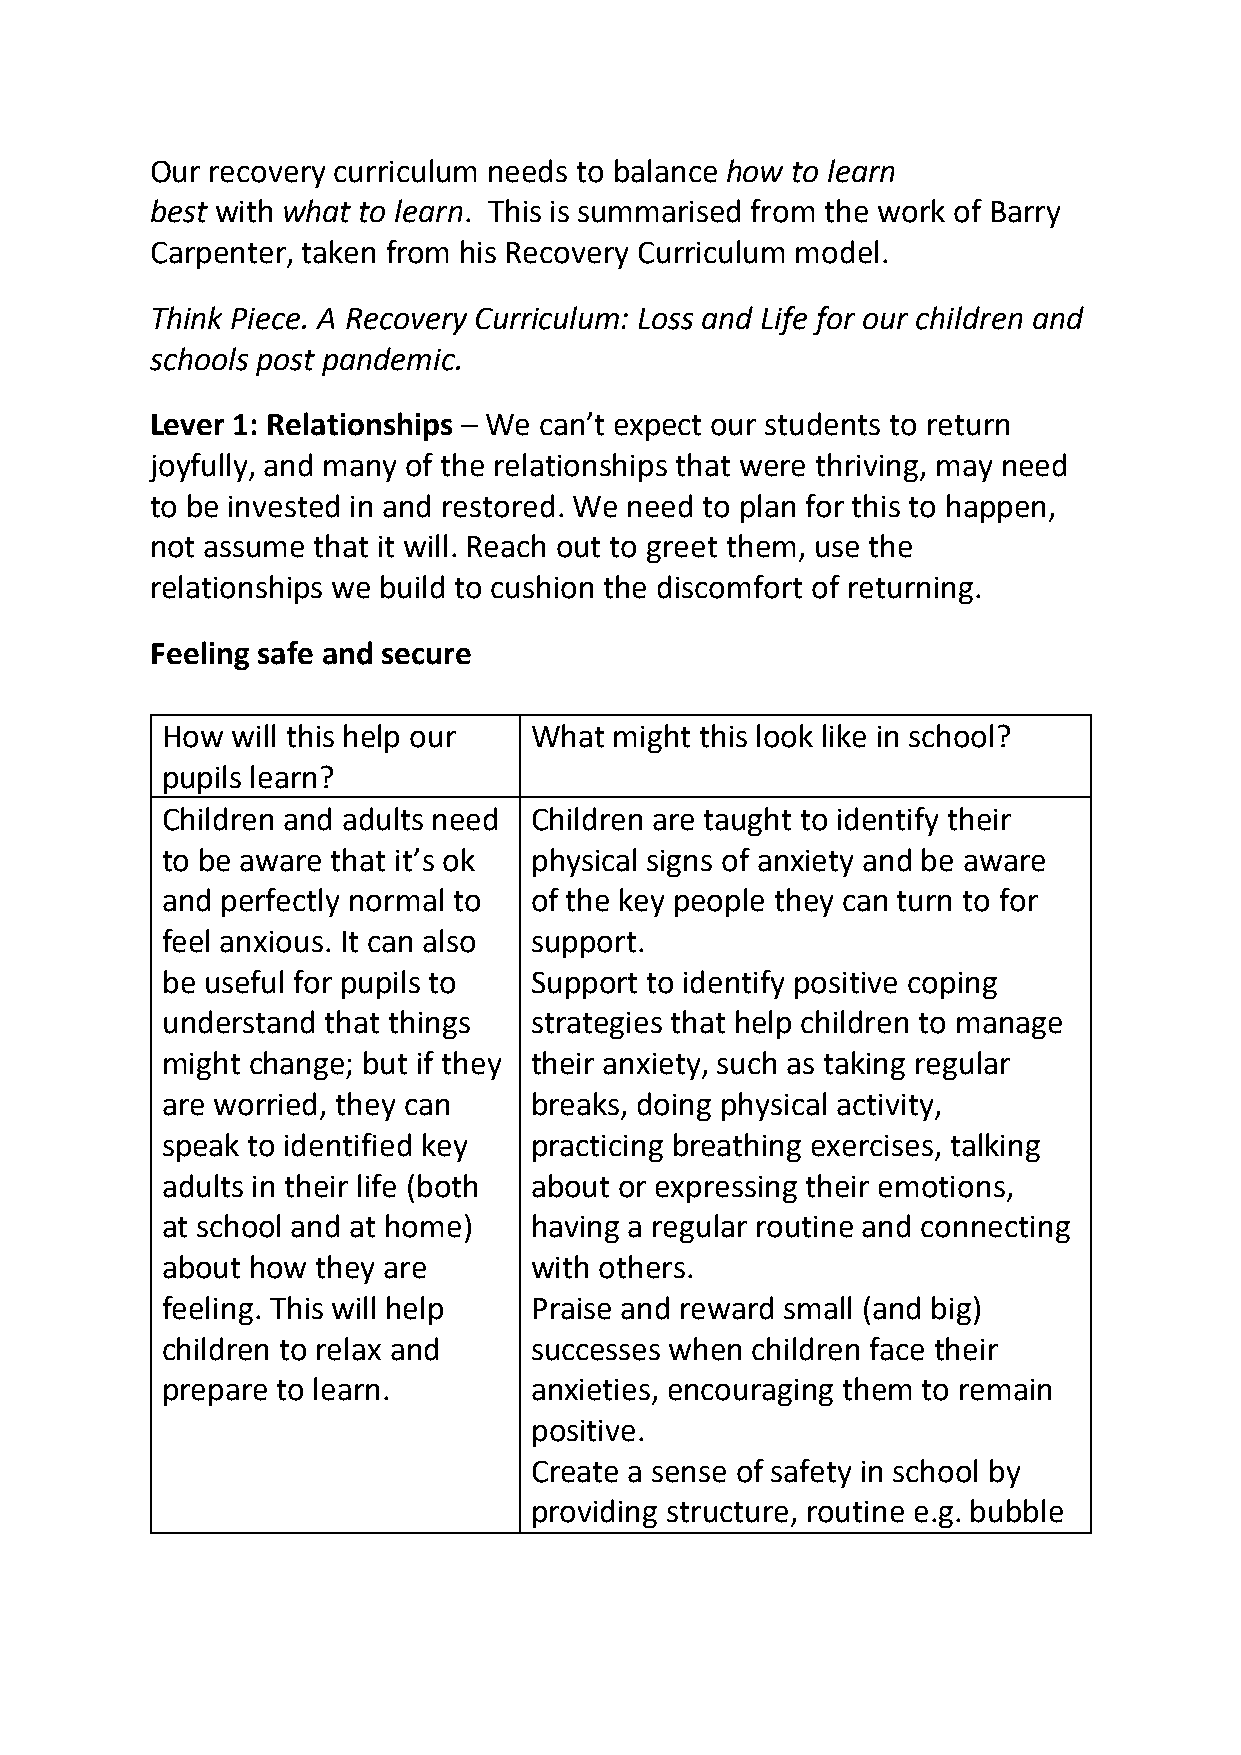
Our recovery curriculum needs to balance how to learn
 best with what to learn. This is summarised from the work of Barry
 Carpenter, taken from his Recovery Curriculum model.
 Think Piece. A Recovery Curriculum: Loss and Life for our children and
 schools post pandemic.
 Lever 1: Relationships – We can’t expect our students to return
 joyfully, and many of the relationships that were thriving, may need
 to be invested in and restored. We need to plan for this to happen,
 not assume that it will. Reach out to greet them, use the
 relationships we build to cushion the discomfort of returning.
 Feeling safe and secure
 How will this help our  What  might this look like in school?
 pupils learn?
 Children and adults need Children are taught to identify their
 ●
 to be aware that it’s ok physical signs of anxiety and be aware
 and perfectly normal to of the key people they can turn to for
 feel anxious. It can also support.
 be useful for pupils to Support to identify positive coping
 ●
 understand that things  strategies that help children to manage
 might change; but if they their anxiety, such as taking regular
 are worried, they can   breaks, doing physical activity,
 speak to identified key practicing breathing exercises, talking
 adults in their life (both about or expressing their emotions,
 at school and at home)  having a regular routine and connecting
 about how they are      with others.
 feeling. This will help Praise and reward small (and big)
 ●
 children to relax and   successes when children face their
 prepare to learn.       anxieties, encouraging them to remain
 positive.
 Create a sense of safety in school by
 ●
 providing structure, routine e.g. bubble